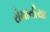
રોમાનીયા